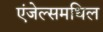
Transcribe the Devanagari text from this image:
एंजेल्समधिल